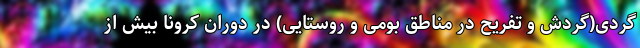
‌گردی(گردش و تفریح در مناطق بومی و روستایی) در دوران کرونا بیش از